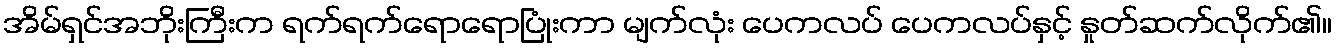
အိမ်ရှင်အဘိုးကြီးက ရက်ရက်ရောရောပြုံးကာ မျက်လုံး ပေကလပ် ပေကလပ်နှင့် နှုတ်ဆက်လိုက်၏။